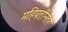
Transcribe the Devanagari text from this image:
महिपतीनंतर